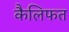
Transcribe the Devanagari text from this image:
कैलिफत